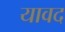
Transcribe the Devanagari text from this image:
यावद